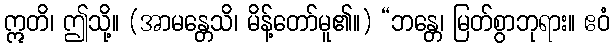
ဣတိ၊ ဤသို့။ (အာမန္တေသိ၊ မိန့်တော်မူ၏။) “ဘန္တေ၊ မြတ်စွာဘုရား။ ဧဝံ